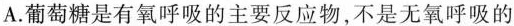
A.葡萄糖是有氧呼吸的主要反应物，不是无氧呼吸的